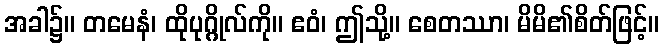
အခါ၌။ တမေနံ၊ ထိုပုဂ္ဂိုလ်ကို။ ဧဝံ၊ ဤသို့။ စေတဿာ၊ မိမိ၏စိတ်ဖြင့်။